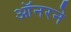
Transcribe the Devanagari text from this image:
ऑनरने